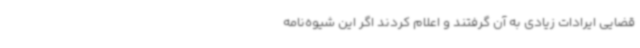
قضایی ایرادات زیادی به آن گرفتند و اعلام کردند اگر این شیوه‌نامه